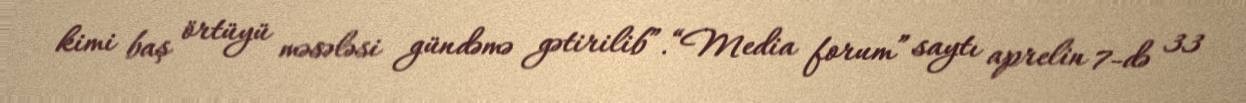
kimi baş örtüyü məsələsi gündəmə gətirilib”.“Media forum” saytı aprelin 7-də 33